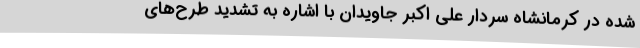
شده در کرمانشاه سردار علی اکبر جاویدان با اشاره به تشدید طرح‌های